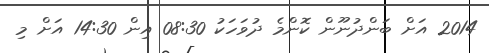
2014 އަށް ބަންދުނޫން ކޮންމެ ދުވަހަކު 08:30 އިން 14:30 އަށް މި